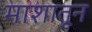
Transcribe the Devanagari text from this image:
माशातून